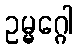
ဥမ္မဂ္ဂေါ